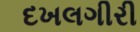
દખલગીરી